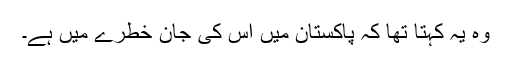
وہ یہ کہتا تھا کہ پاکستان میں اس کی جان خطرے میں ہے۔